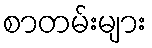
စာတမ်းများ